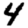
Digit: 4